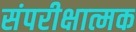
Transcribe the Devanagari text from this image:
संपरीक्षात्मक